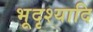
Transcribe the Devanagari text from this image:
भूदृश्यादि